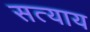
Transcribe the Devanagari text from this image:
सत्याय